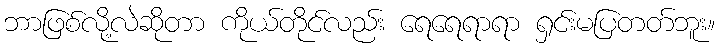
ဘာဖြစ်လို့လဲဆိုတာ ကိုယ်တိုင်လည်း ရေရေရာရာ ရှင်းမပြတတ်ဘူး။